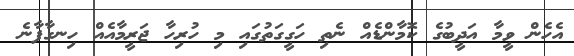
އެހެން ވީމާ އަދީބުގެ ކޮމާންޑެއް ނެތި ހަގީގަތުގައި މި ހުރިހާ ޖަރީމާއެއް ހިނގާފާނެ